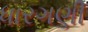
ધારગણી